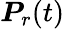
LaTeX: \boldsymbol{P}_{r}(t)